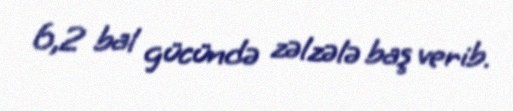
6,2 bal gücündə zəlzələ baş verib.